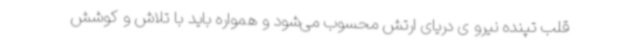
قلب تپنده نیرو ی دریای ارتش محسوب می‌شود و همواره باید با تلاش و کوشش